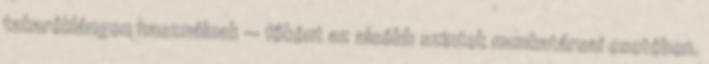
takaréklángon használnak — főként az alsóbb szintek munkatársai esetében.